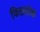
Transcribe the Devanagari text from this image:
फिशलोक